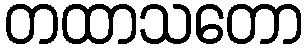
တထာသတော